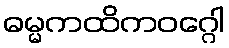
ဓမ္မကထိကဝဂ္ဂေါ